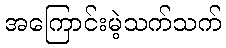
အကြောင်းမဲ့သက်သက်